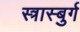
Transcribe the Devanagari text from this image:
स्त्रास्बुर्ग